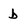
Character: b